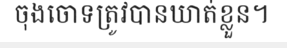
ចុងចោទត្រូវបានឃាត់ខ្លួន។